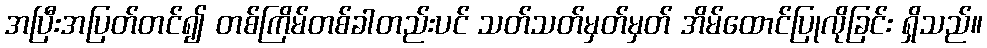
အပြီးအပြတ်တင်၍ တစ်ကြိမ်တစ်ခါတည်းပင် သတ်သတ်မှတ်မှတ် အိမ်ထောင်ပြုလိုခြင်း ရှိသည်။